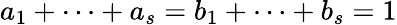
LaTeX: a_{1}+\cdots+a_{s}=b_{1}+\cdots+b_{s}=1